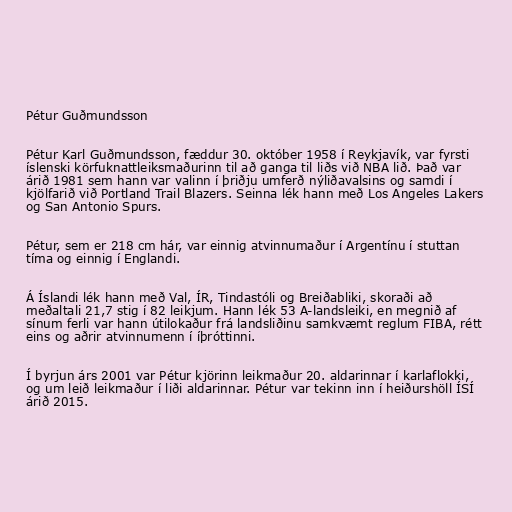
Pétur Guðmundsson

Pétur Karl Guðmundsson, fæddur 30. október 1958 í Reykjavík, var fyrsti
íslenski körfuknattleiksmaðurinn til að ganga til liðs við NBA lið. Það var
árið 1981 sem hann var valinn í þriðju umferð nýliðavalsins og samdi í
kjölfarið við Portland Trail Blazers. Seinna lék hann með Los Angeles Lakers
og San Antonio Spurs.

Pétur, sem er 218 cm hár, var einnig atvinnumaður í Argentínu í stuttan
tíma og einnig í Englandi.

Á Íslandi lék hann með Val, ÍR, Tindastóli og Breiðabliki, skoraði að
meðaltali 21,7 stig í 82 leikjum. Hann lék 53 A-landsleiki, en megnið af
sínum ferli var hann útilokaður frá landsliðinu samkvæmt reglum FIBA, rétt
eins og aðrir atvinnumenn í íþróttinni.

Í byrjun árs 2001 var Pétur kjörinn leikmaður 20. aldarinnar í karlaflokki,
og um leið leikmaður í liði aldarinnar. Pétur var tekinn inn í heiðurshöll ÍSÍ
árið 2015.